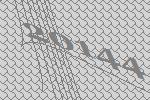
20144